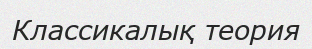
Классикалық теория